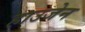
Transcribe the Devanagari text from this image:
हाउजेन